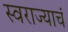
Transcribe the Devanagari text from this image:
स्वराज्याचं